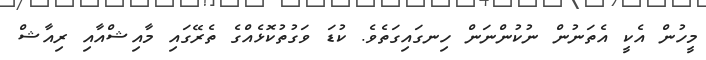
މީހުން އެކީ އެތަނުން ނުކުންނަން ހިނގައިގަތެވެ. ކުޑަ ވަގުތުކޮޅެއްގެ ތެރޭގައި މާއިޝްއާއި ރިއާޝް